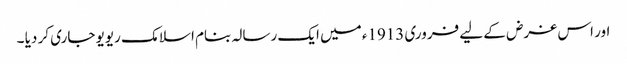
اور اس غرض کے لیے فروری 1913ء میں ایک رسالہ بنام اسلامک ریویو جاری کر دیا ۔